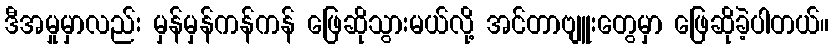
ဒီအမှုမှာလည်း မှန်မှန်ကန်ကန် ဖြေဆိုသွားမယ်လို့ အင်တာဗျူးတွေမှာ ဖြေဆိုခဲ့ပါတယ်။